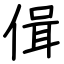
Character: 偮